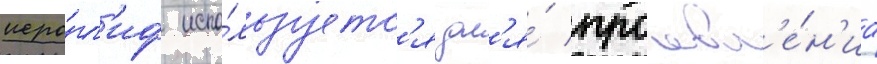
иеро́гл'иф испо́льзуетс'я дл'я́ проавл'е́н'иа